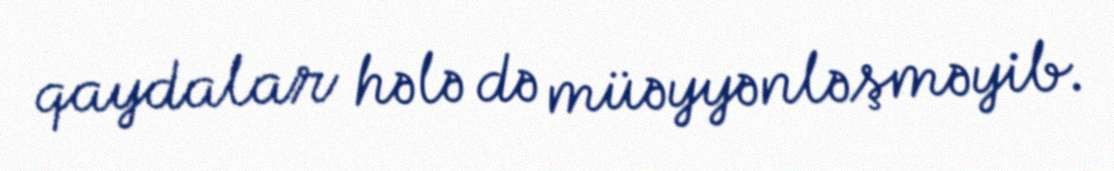
qaydalar hələ də müəyyənləşməyib.